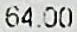
64.00